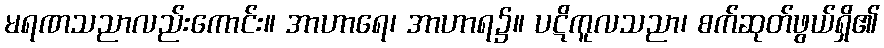
မရဏသညာလည်းကောင်း။ အာဟာရေ၊ အာဟာရ၌။ ပဋိကူလသညာ၊ စက်ဆုတ်ဖွယ်ရှိ၏